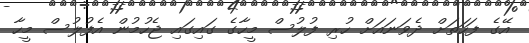
އޭގެ ފަހަތަށް ދެވަނައަށް ހުރި ފުލުސް މީހާގެ ގައިގައި ޖެހުމުން އެފުލުސް މީހާ